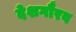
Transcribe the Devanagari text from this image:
देशगौरव